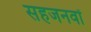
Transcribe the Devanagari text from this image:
सहजनवॉं